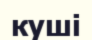
куші